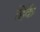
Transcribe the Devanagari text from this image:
हिकें